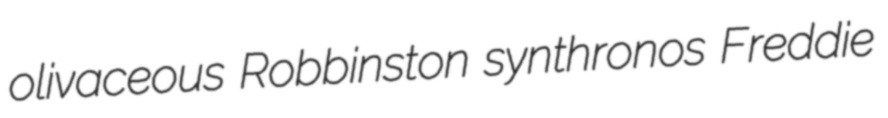
olivaceous Robbinston synthronos Freddie